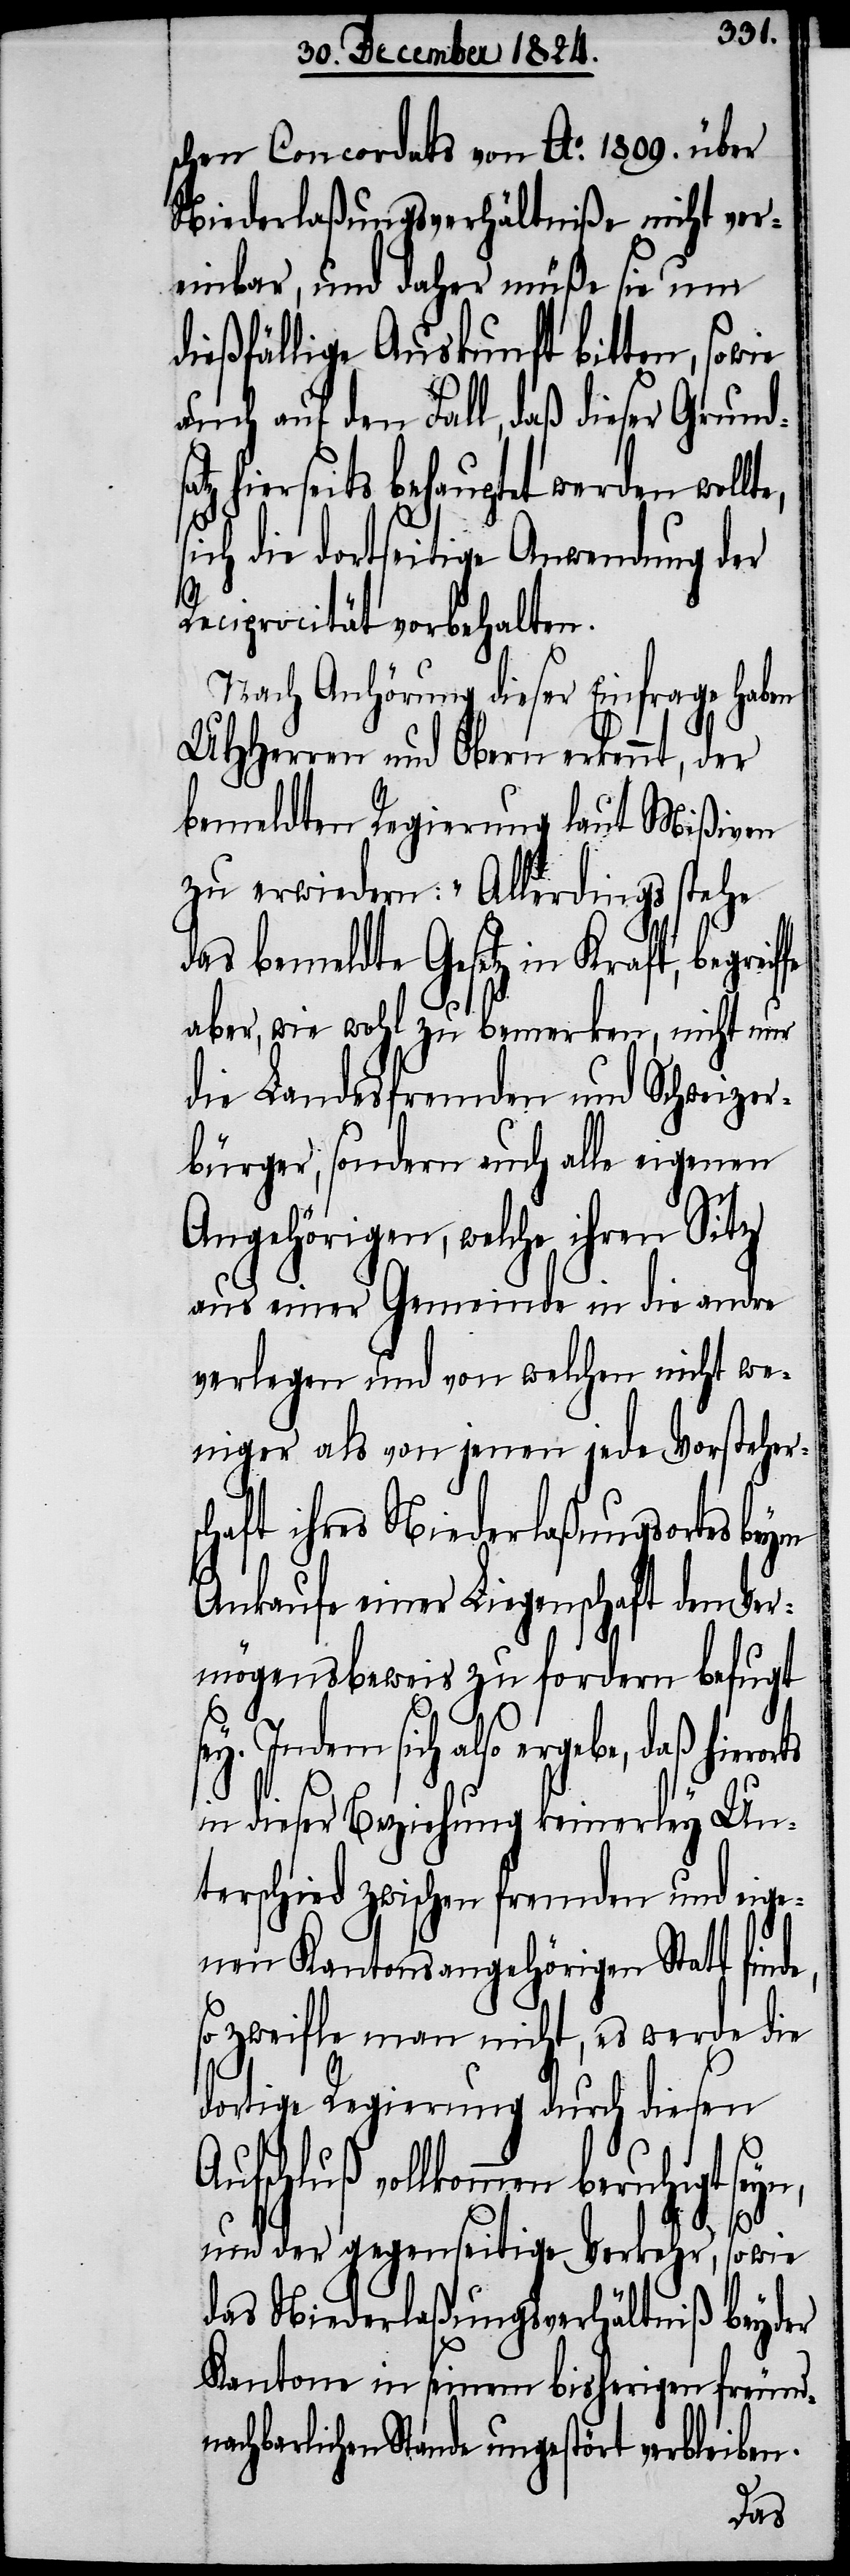
schen Concordats von Ao. 1809. über
Niederlaßungsverhältniße nicht ver¬
einbar, und daher müße sie um
dießfällige Auskunft bitten, sowie
auch auf den Fall, daß dieser Grund¬
hierseits behauptet werden wollt¬
ich die dortseitige Anwendung der
Reciprocität vorbehalten.
Nach Anhörung dieser Einfrage haben
UHHerren und Obern erkennt, der
bemeldten Regierung laut Mißiven
zu erwiedern: „Allerdings stehe
achbarlichen Stande ungestört
aber, wie wohl zu bemerken, nicht nur
die Landesfremden und Schweizer¬
bürger, sondern auch alle eigenen
Angehörigen, welche ihren Sitz
aus einer Gemeinde in die andre
verlegen und von welchen nicht we¬
niger als von jenen jede Vorstehers¬
chaft ihres Niederlaßungsortes beym
Ankaufe einer Liegenschaft dem Ver¬
mögensbeweis zu fordern befugt
Indem sich also ergebe, daß hiero¬
in dieser Beziehung keinerley Un¬
terschied zwischen fremden und eige¬
nen Kantonsangehörigen Statt fin¬
so zweifle man nicht, es werde die
dortige Regierung durch diesen
Aufschluß vollkommen beruhigt sey¬
n,
und der gegenseitige Verkehr, sowie
das Niederlaßungsverhältniß beyder
Kantone ins einem bisherigen freundn¬
de,